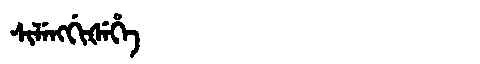
Manchu: ᠰᡳᠯᡝᠩᡤᡳᡧᡝᡥᡝ
Romanization: SILENGGIŠEHE